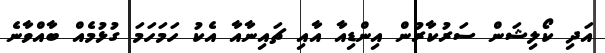
އަދި ކޯލިޝަން ސަރުކާރުން އިންޑިއާ އާއި ޗައިނާއާ އެކު ހަމަހަމަ ގުޅުމެއް ބާއްވާނެ